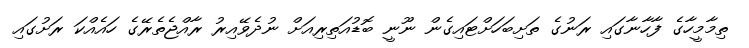
ތިމާމީހާގެ ފާހާނާގައި ރަނުގެ ތަށިބަހަށްޓައިގެން ނޫނީ ބޮޑުއަތިރިއަށް ނުދެވޭއިރު ރާއްޖެތެރޭގެ ހައެއްކަ ރަށުގައި